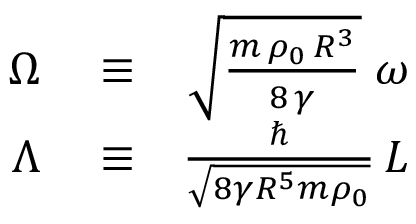
\begin{array} { r l r } { \Omega } & { { } \equiv } & { \sqrt { \frac { m \, \rho _ { 0 } \, R ^ { 3 } } { 8 \, \gamma } } \; \omega } \\ { \Lambda } & { { } \equiv } & { \frac { \hbar } { \sqrt { 8 \gamma R ^ { 5 } m \rho _ { 0 } } } \, { \cal L } } \end{array}